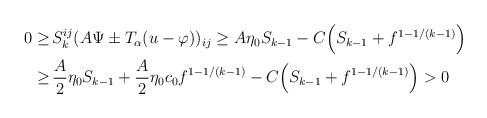
LaTeX: \begin{align*}\begin{aligned}0 \geq \,& S_k^{ij} (A \Psi \pm T_\alpha (u - \varphi))_{ij} \geq A \eta_0 S_{k - 1} - C \Big(S_{k - 1} + f^{1 - 1/ (k - 1)}\Big)\\ \geq \,& \frac{A}{2} \eta_0 S_{k-1} + \frac{A}{2} \eta_0 c_0 f^{1 - 1/ (k - 1)} - C \Big(S_{k - 1} + f^{1 - 1/ (k - 1)}\Big) > 0\end{aligned}\end{align*}